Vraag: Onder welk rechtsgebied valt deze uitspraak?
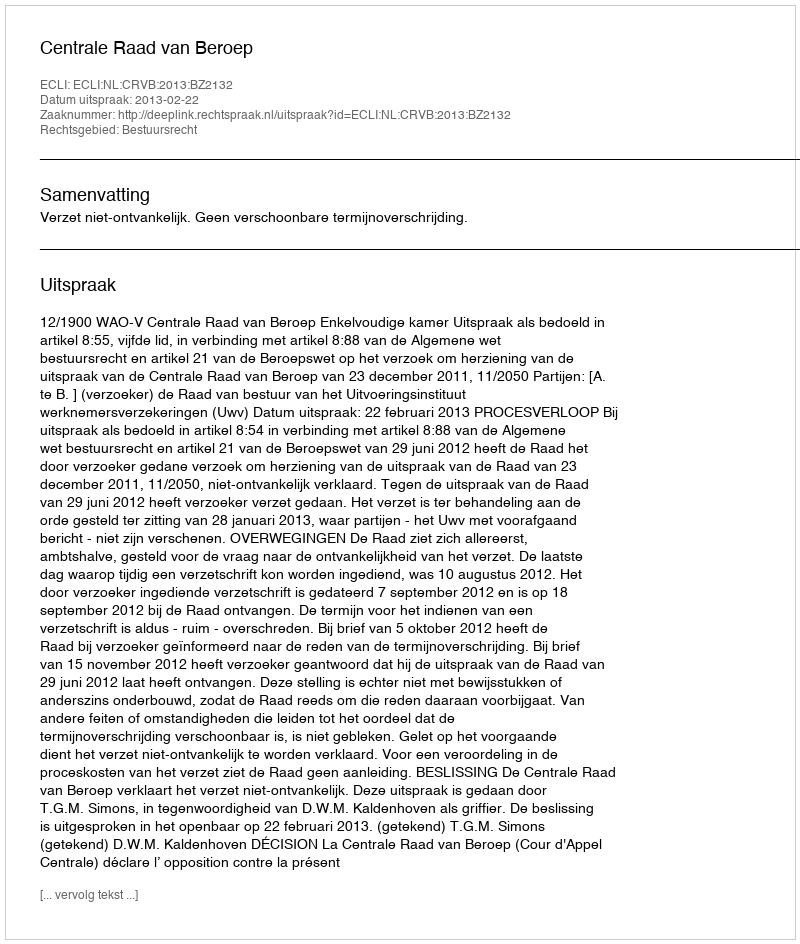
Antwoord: Bestuursrecht